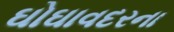
ઘોઘાવદરના